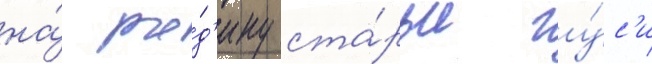
на́ ро́д'ину ста́рые гу́с'и